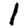
Digit: 1